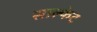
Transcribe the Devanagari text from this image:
साल्फेट